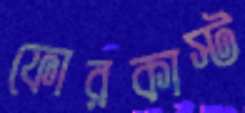
ফোরকাস্ট